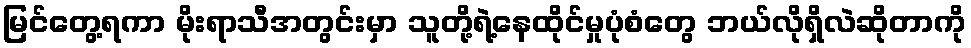
မြင်တွေ့ရကာ မိုးရာသီအတွင်းမှာ သူတို့ရဲ့နေထိုင်မှုပုံစံတွေ ဘယ်လိုရှိလဲဆိုတာကို